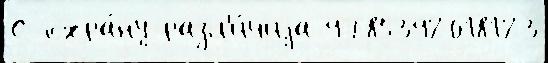
С охра́ну разл'и́чиjа 9785392018123